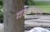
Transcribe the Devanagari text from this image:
वरूनची